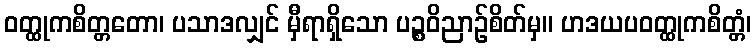
ဝတ္ထုကစိတ္တတော၊ ပသာဒလျှင် မှီရာရှိသော ပဉ္စဝိညာဉ်စိတ်မှ။ ဟဒယပဝတ္ထုကစိတ္တံ၊